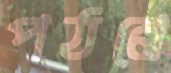
পঠনে